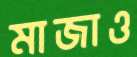
মাজাও